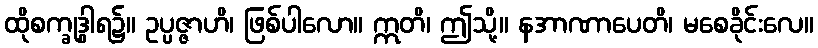
ထိုစက္ခုဒွါရ၌။ ဥပ္ပဇ္ဇာဟိ၊ ဖြစ်ပါလော။ ဣတိ၊ ဤသို့။ နအာဏာပေတိ၊ မစေခိုင်းလေ။